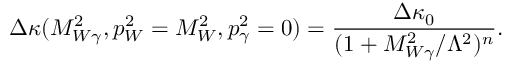
\Delta \kappa ( M _ { W \gamma } ^ { 2 } , p _ { W } ^ { 2 } = M _ { W } ^ { 2 } , p _ { \gamma } ^ { 2 } = 0 ) = { \frac { \Delta \kappa _ { 0 } } { ( 1 + M _ { W \gamma } ^ { 2 } / \Lambda ^ { 2 } ) ^ { n } } } .